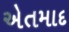
એતમાદ